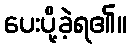
ပေးပို့ခဲ့ရ၏။